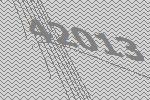
42013